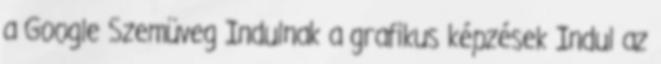
a Google Szemüveg Indulnak a grafikus képzések Indul az